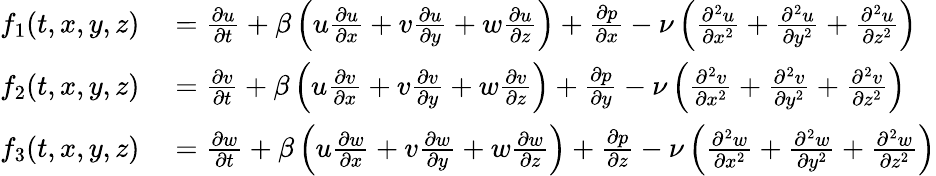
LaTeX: \begin{array}{rl}{f_{1}(t,x,y,z)}&{{}=\frac{\partial u}{\partial t}+\beta\left(u\frac{\partial u}{\partial x}+v\frac{\partial u}{\partial y}+w\frac{\partial u}{\partial z}\right)+\frac{\partial p}{\partial x}-\nu\left(\frac{\partial^{2}u}{\partial x^{2}}+\frac{\partial^{2}u}{\partial y^{2}}+\frac{\partial^{2}u}{\partial z^{2}}\right)}\\ {f_{2}(t,x,y,z)}&{{}=\frac{\partial v}{\partial t}+\beta\left(u\frac{\partial v}{\partial x}+v\frac{\partial v}{\partial y}+w\frac{\partial v}{\partial z}\right)+\frac{\partial p}{\partial y}-\nu\left(\frac{\partial^{2}v}{\partial x^{2}}+\frac{\partial^{2}v}{\partial y^{2}}+\frac{\partial^{2}v}{\partial z^{2}}\right)}\\ {f_{3}(t,x,y,z)}&{{}=\frac{\partial w}{\partial t}+\beta\left(u\frac{\partial w}{\partial x}+v\frac{\partial w}{\partial y}+w\frac{\partial w}{\partial z}\right)+\frac{\partial p}{\partial z}-\nu\left(\frac{\partial^{2}w}{\partial x^{2}}+\frac{\partial^{2}w}{\partial y^{2}}+\frac{\partial^{2}w}{\partial z^{2}}\right)}\end{array}